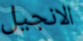
الانجيل